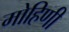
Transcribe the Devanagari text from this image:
मोहिणी